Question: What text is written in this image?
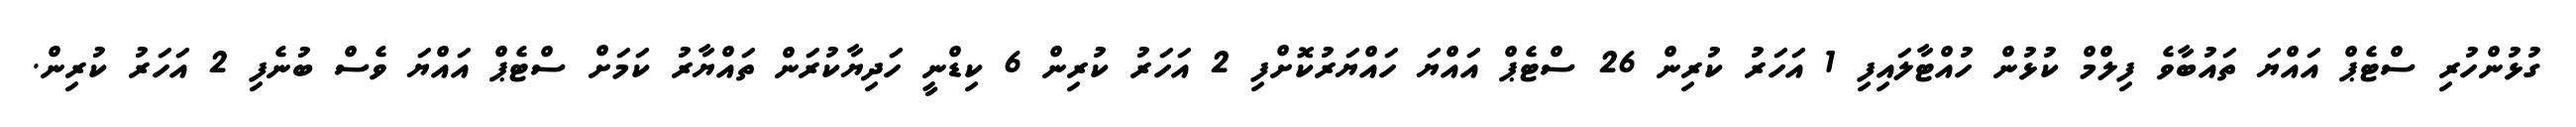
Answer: ގުޅުންހުރި ސްޓެޕް އައްޔަ ތައުބާވެ ފިލްމް ކުޅުން ހުއްޓާލައިފި 1 އަހަރު ކުރިން 26 ސްޓެޕް އައްޔަ ހައްޔަރުކޮށްފި 2 އަހަރު ކުރިން 6 ކިޑްނީ ހަދިޔާކުރަން ތައްޔާރު ކަމަށް ސްޓެޕް އައްޔަ ވެސް ބުނެފި 2 އަހަރު ކުރިން.